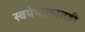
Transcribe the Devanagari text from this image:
स्वयंपाकातही